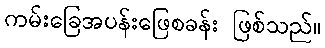
ကမ်းခြေအပန်းဖြေစခန်း ဖြစ်သည်။